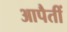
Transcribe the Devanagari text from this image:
आपैतीं